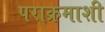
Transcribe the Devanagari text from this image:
पराक्रमाशी